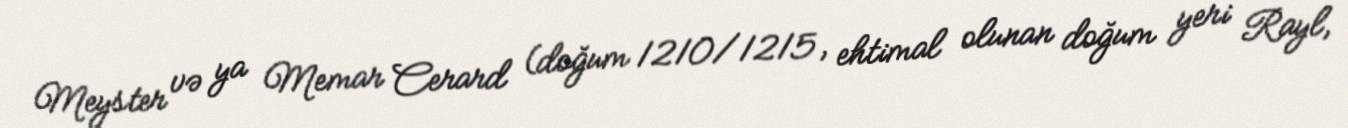
Meyster və ya Memar Cerard (doğum 1210/1215, ehtimal olunan doğum yeri Rayl,